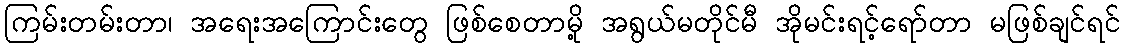
ကြမ်းတမ်းတာ၊ အရေးအကြောင်းတွေ ဖြစ်စေတာမို့ အရွယ်မတိုင်မီ အိုမင်းရင့်ရော်တာ မဖြစ်ချင်ရင်